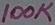
Text: 100K